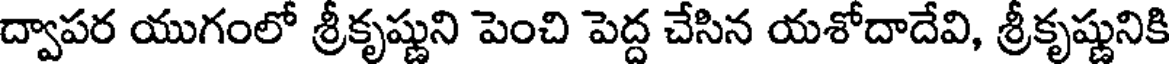
ద్వాపర యుగంలో శ్రీకృష్ణుని పెంచి పెద్ద చేసిన యశోదాదేవి, శ్రీకృష్ణునికి